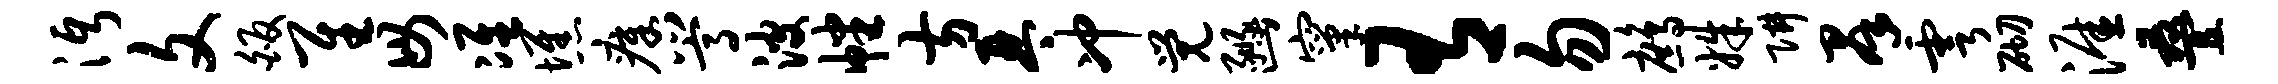
沔文皈隹毋准憔瘴嵩波幡方琴冲觉豳窠有勿鹧姝阱群雩砌涯叠